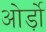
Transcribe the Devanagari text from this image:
ओर्ड़ो